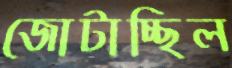
জোটাচ্ছিল